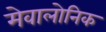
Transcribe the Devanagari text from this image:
मेवालोनिक